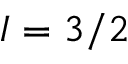
I = 3 / 2